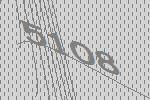
5108